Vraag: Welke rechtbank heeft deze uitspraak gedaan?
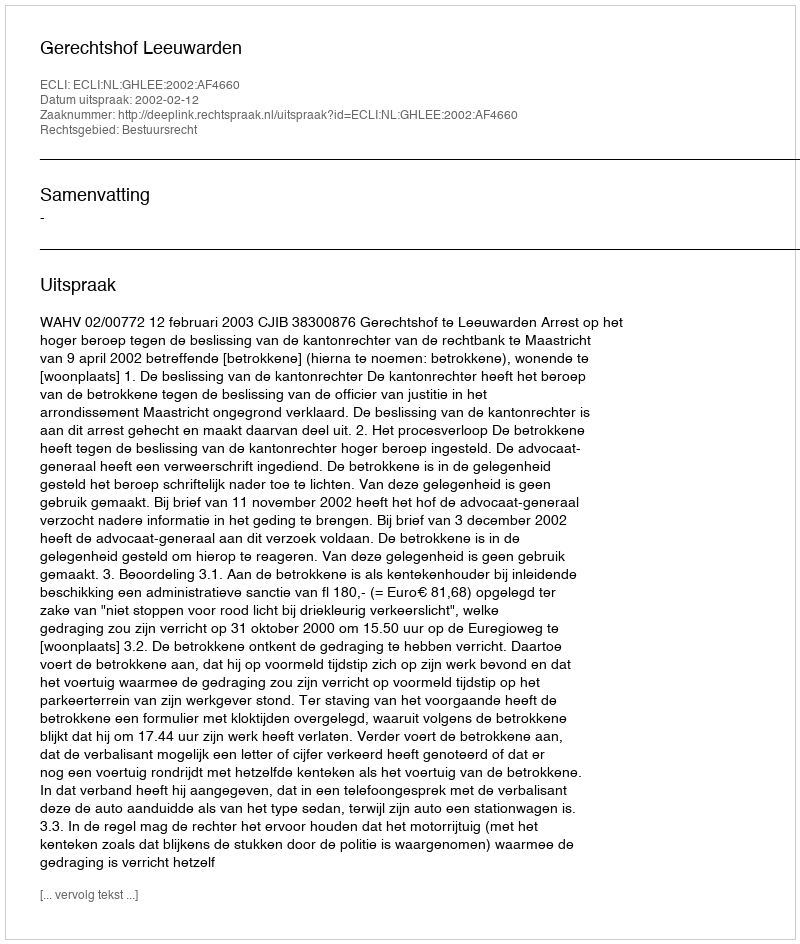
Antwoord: Gerechtshof Leeuwarden